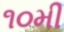
૧૦મી